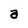
Character: a